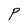
Character: P